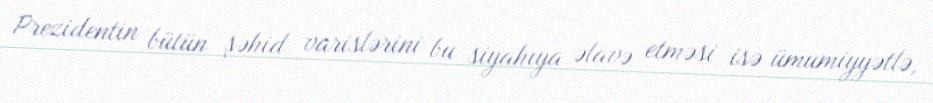
Prezidentin bütün şəhid varislərini bu siyahıya əlavə etməsi isə ümumiyyətlə,